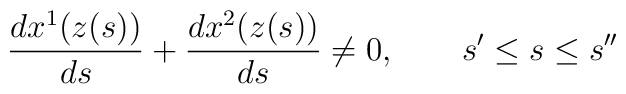
\frac{dx^1(z(s))}{ds}+\frac{dx^2(z(s))}{ds}\neq 0,\quad \quad s^{\prime}\leq s \leq s^{\prime\prime}